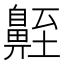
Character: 𪖣